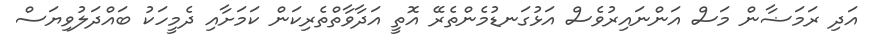
އަދި ރަމަޟާން މަސް އަންނައިރުވެސް އަޅުގަނޑުމެންތެރޭ އޮތީ އަދާވާތްތެރިކަން ކަމަށާއި ދެމީހަކު ބައްދަލުވިޔަސް